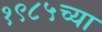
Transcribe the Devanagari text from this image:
१९८५च्या